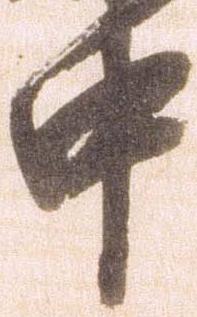
中